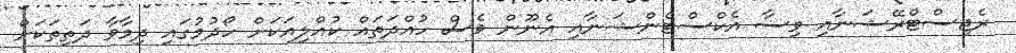
ރެޖިސްޓްރޭޝަނާއި ވިސާ އެކްސްޓެންޝަނާއި އެނޫން ވެސް ހުއްދަތައް ކުއްލިއަކަށް ހޯދުމުގައި ދިމާވާ ދަތިތަކަށް